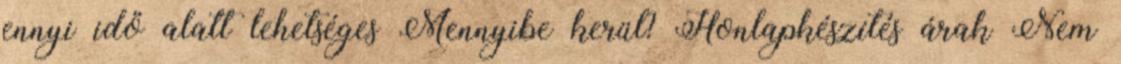
ennyi idő alatt lehetséges Mennyibe kerül? Honlapkészítés árak Nem